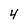
Character: 4